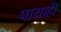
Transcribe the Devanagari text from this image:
पायाही